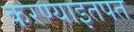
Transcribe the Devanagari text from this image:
करण्याइतपत